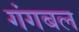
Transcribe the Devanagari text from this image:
गंगबल